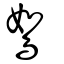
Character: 鴽